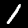
Digit: 1